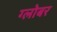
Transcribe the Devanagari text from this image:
ग्लोबर